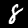
Digit: 8